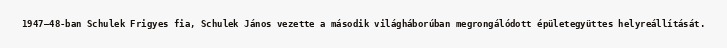
1947–48-ban Schulek Frigyes fia, Schulek János vezette a második világháborúban megrongálódott épületegyüttes helyreállítását.